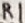
Text: R1